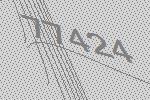
77424